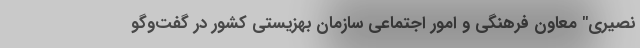
نصیری" معاون فرهنگی و امور اجتماعی سازمان بهزیستی کشور در گفت‌وگو